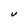
Character: V